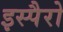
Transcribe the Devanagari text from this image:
इस्पैरो